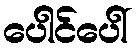
ပေါင်ပေါ်